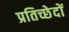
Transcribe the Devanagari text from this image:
प्रतिच्छेदों